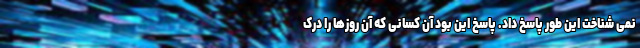
نمی شناخت این طور پاسخ داد. پاسخ این بود آن کسانی که آن روزها را درک